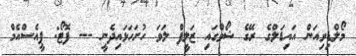
މޯލްޑިވިއަން އައިޑަލްގެ ރޭގެ ޝޯވްގައި ޒަލީފް ލަވަ ހުށަހަޅައިދެނީ --- ފޮޓޯ: ޕީއެސްއެމް